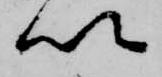
以